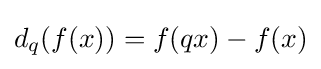
d_{q}(f(x))=f(qx)-f(x)